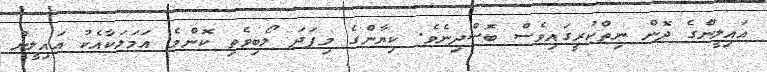
އައިލީންގެ ދޮން ނިތްކުރީގައިވެސް ބޮސްދިނެވެ. ކިޔާންގެ މިފަދަ ލޯބިވެތި ކޮންމެ އަމަލަކާއެކު އައިލީން